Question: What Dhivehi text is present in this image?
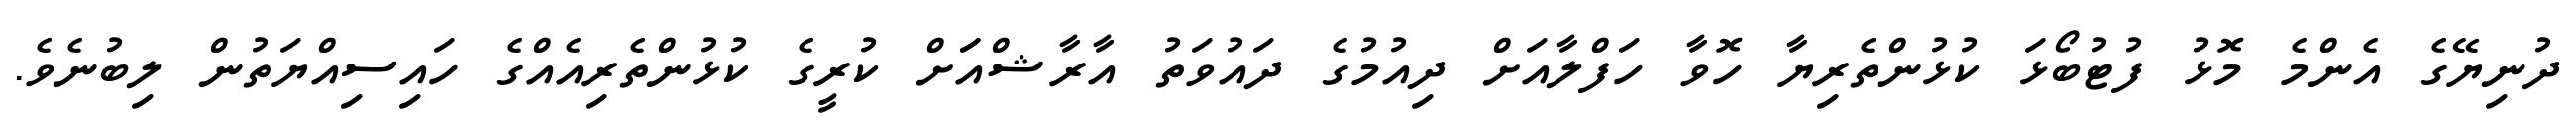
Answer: ދުނިޔޭގެ އެންމެ މޮޅު ފުޓުބޯޅަ ކުޅުންތެރިޔާ ހޮވާ ހަފްލާއަށް ދިއުމުގެ ދައުވަތު އާރާޝްއަަށް ކުރީގެ ކުޅުންތެރިއެއްގެ ހައިސިއްޔަތުން ލިބުނެވެ.